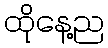
ထိုနေ့ည